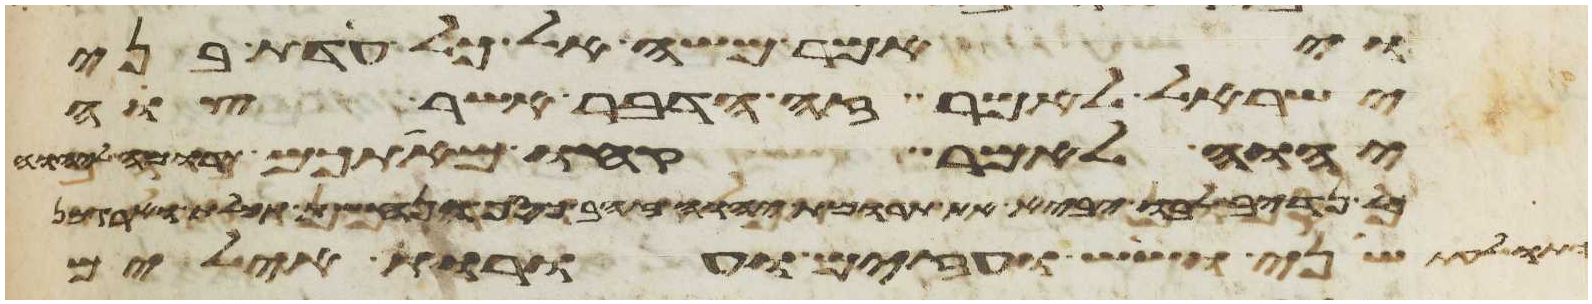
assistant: ויאמר משה אל כל עדת בני
ישראל לאמר זה הדבר אשר צוה
יהוה לאמר קחו מאתכם
כל נדיב לבו יביא את תרומת יהוה זהב כסף ונחשת תכלת וארגמן
ותולעת שני ושש ועזים ועורות אילים